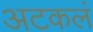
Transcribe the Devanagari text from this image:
अटकलं